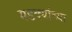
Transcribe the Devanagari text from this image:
मडक्यांच्या